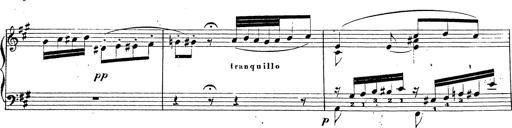
Title: Chanson bohÃ©mienne
Composer: Franz Liszt